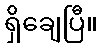
ရှိချေပြီ။